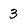
Character: 3